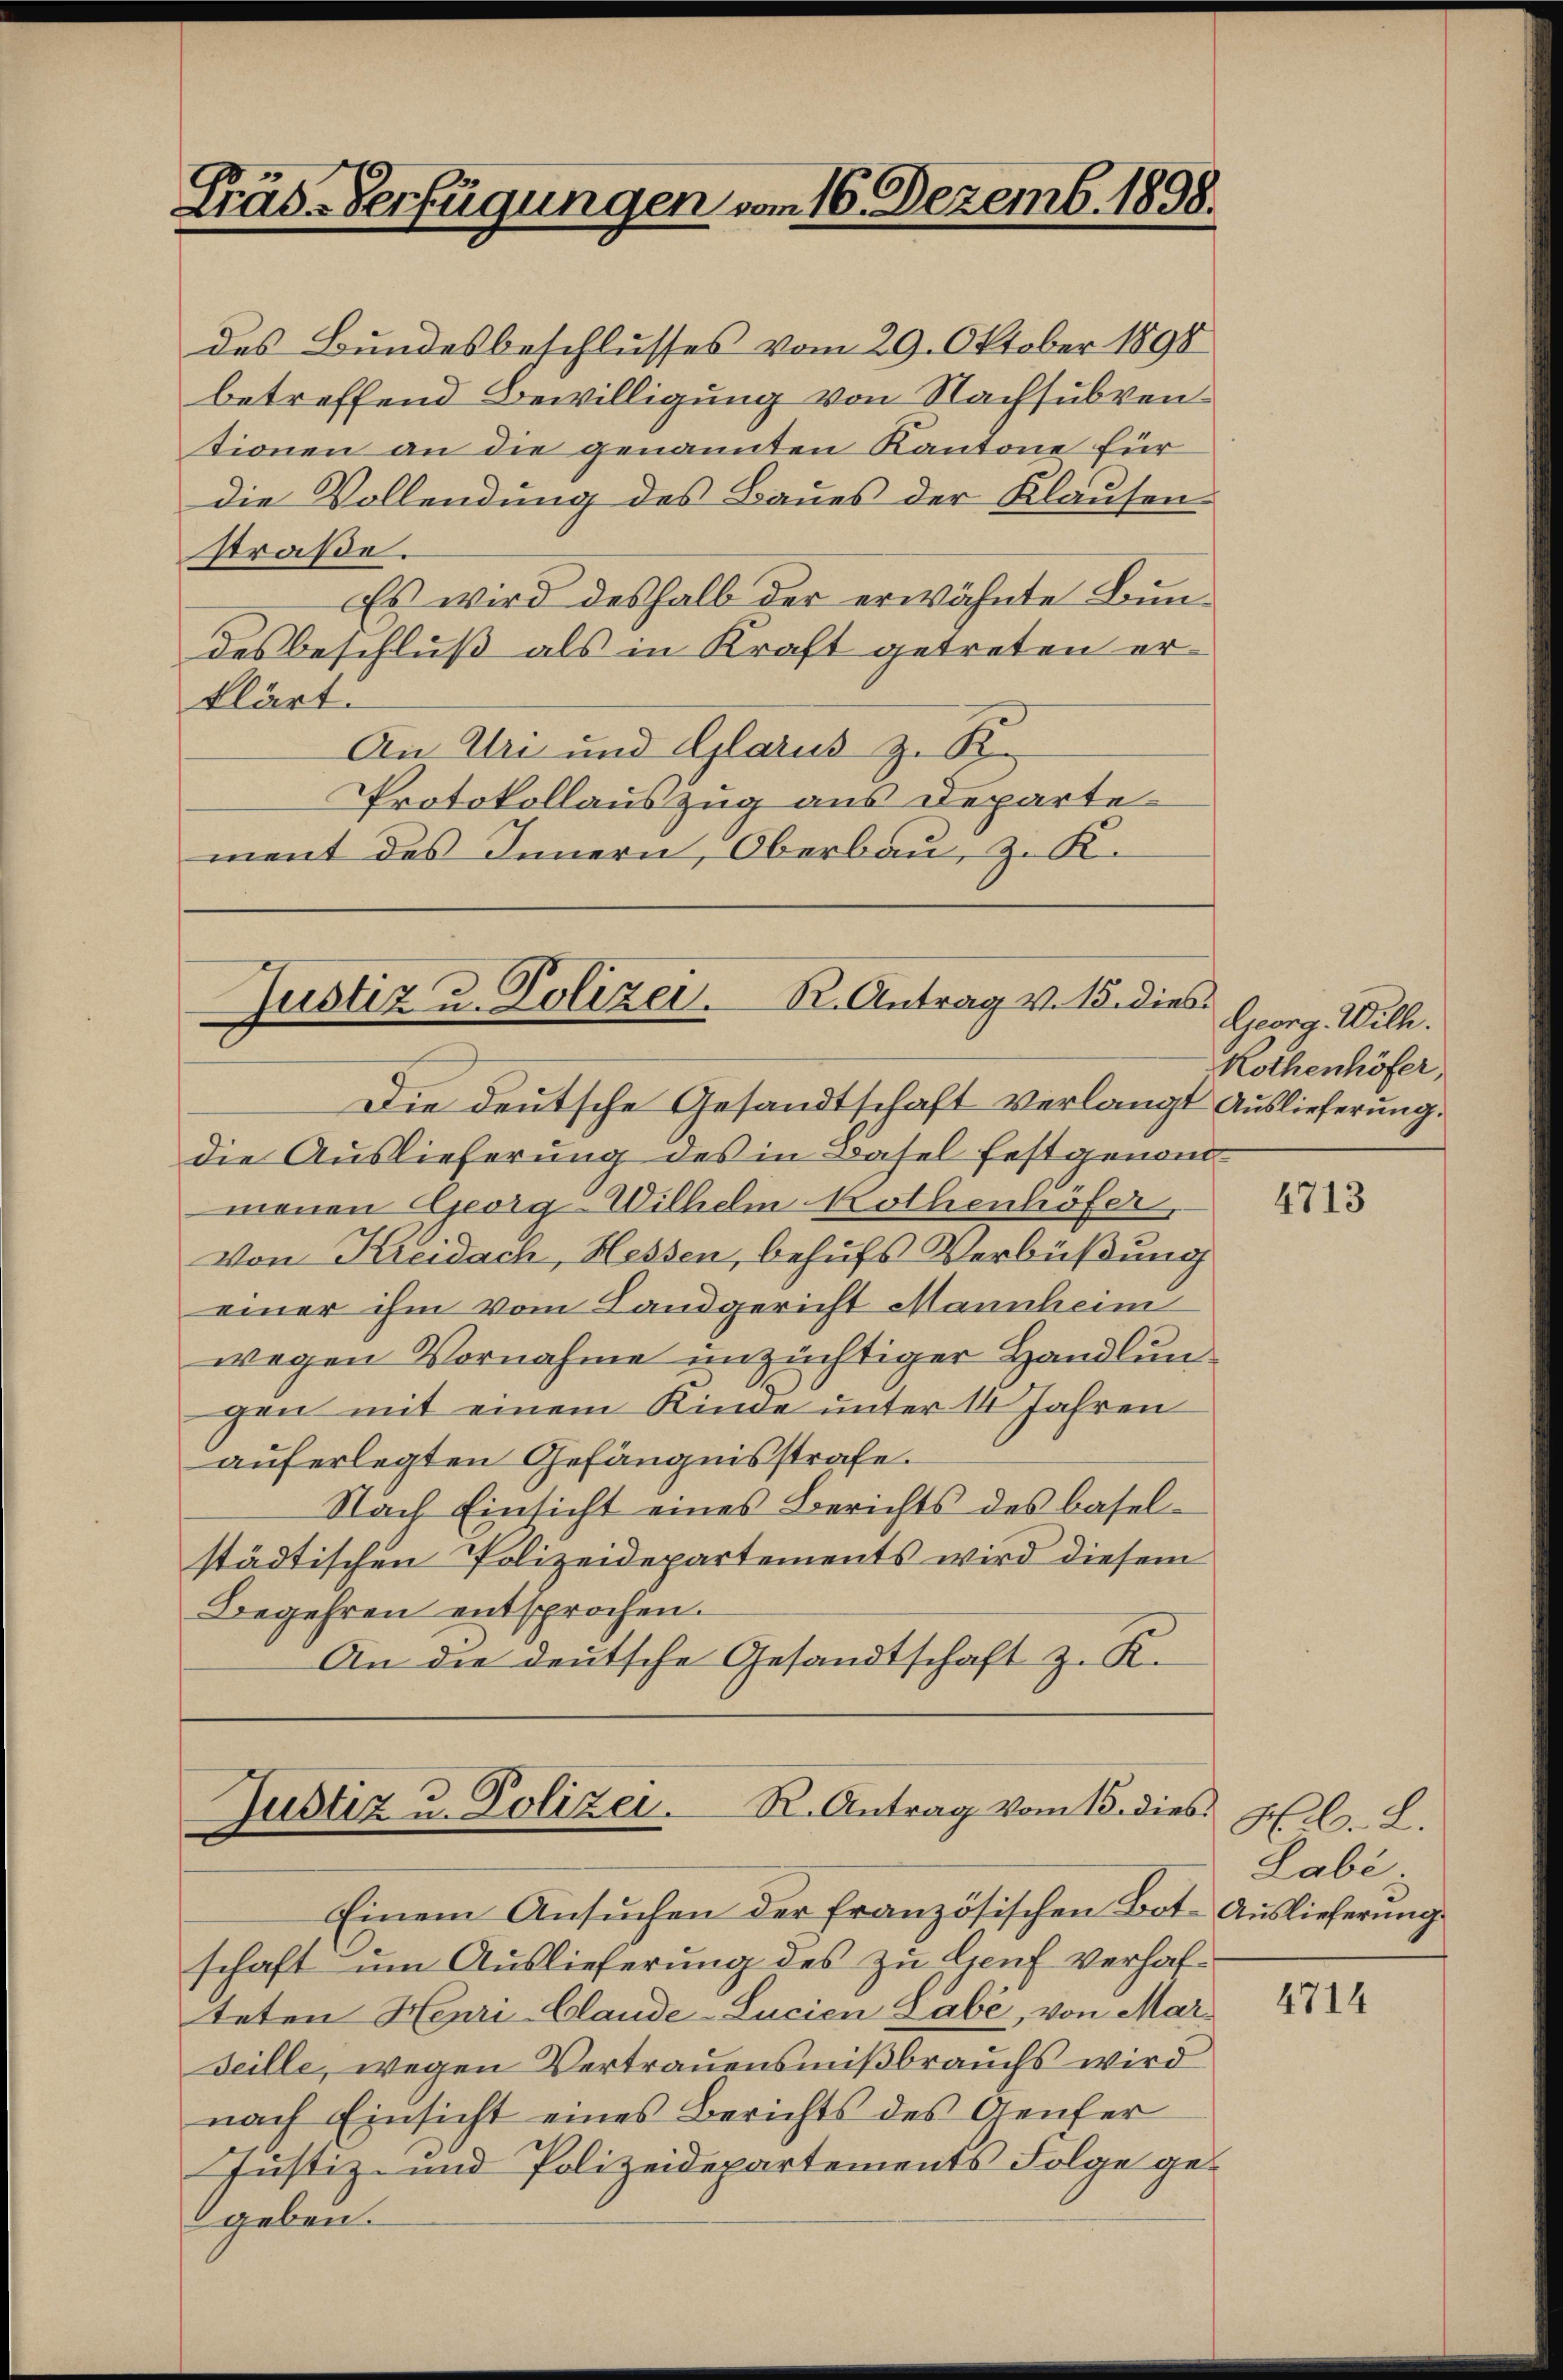
Träd-Verfügungen vom 16. Dezemb. 1898.

Justiz u. Polizei. R. Antrag v. 15. dies
Die deutsche Gesandtschaft verlangt Auslieferung.

des Bundesbeschlusses vom 29. Oktober 1898
betreffend Bewilligung von Nachsubventionen an die genannten Kantone für
die Vollendung des Baues der Klausenstraße.
Es wird deshalb der erwähnte Bundes beschluß als in Kraft getreten erklärt.
An Uri und Glarus z. B.
Protokollauszug aus Departe
ment des Innern, Oberbau, z. K.

die Auslieferung des in Basel festgenom
menen Georg-Wilhelm Nothenhöfer,
Von Kreidach, Hessen, behufs Verbüßung
einer ihm vom Landgericht Mannheim
wegen Vornahme unzüchtiger Handlungen mit einem Kinde unter 14 Jahren
auferlegten Gefängnisstrafe.
Nach Einsicht eines Berichts des Basel-
städtischen Polizeidepartements wird diesem
Begehren entsprochen.
An die deutsche Gesandtschaft z. K.

Justiz u. Polizei. R. Antrag vom 15. dies Hl. L.

Einem Ansŭchen der französischen Bot-Aŭslieferŭng
schaft um Auslieferung des zu lauf verhalteten Henri-Claude-Lucien Labe, von Marseille, wegen Vertrauensmißbrauchs wird
nach Einsicht eines Berichts des Aeufer
Justiz- und Polizeidepartements Folge gegeben.

Georg Wilh.
Nothenhöfer,

4713

Labe:

4714